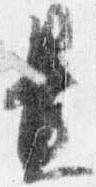
置